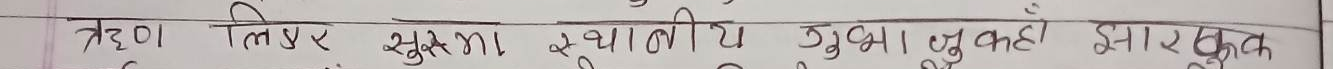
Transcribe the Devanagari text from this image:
त्रैण लिप्य सुरक्षा स्थानीय जुझना। चुनाही इसारकत